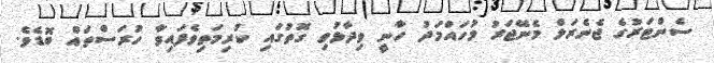
ސެންޓަރުގެ ޖެނެރަލް މެނޭޖަރު މުހައްމަދު ހާނީ ވިދާޅުވި ގޮތުގައި ކުރިމަތިވެފައިވާ ހުރަސްތައް ބޮޑެވެ.